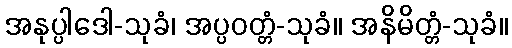
အနုပ္ပါဒေါ-သုခံ၊ အပ္ပဝတ္တံ-သုခံ။ အနိမိတ္တံ-သုခံ။